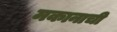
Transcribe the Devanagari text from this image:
मकानाची